65_HS1-834228961_62-HQ-83894_Section_5
Agency: FBI
Page 64
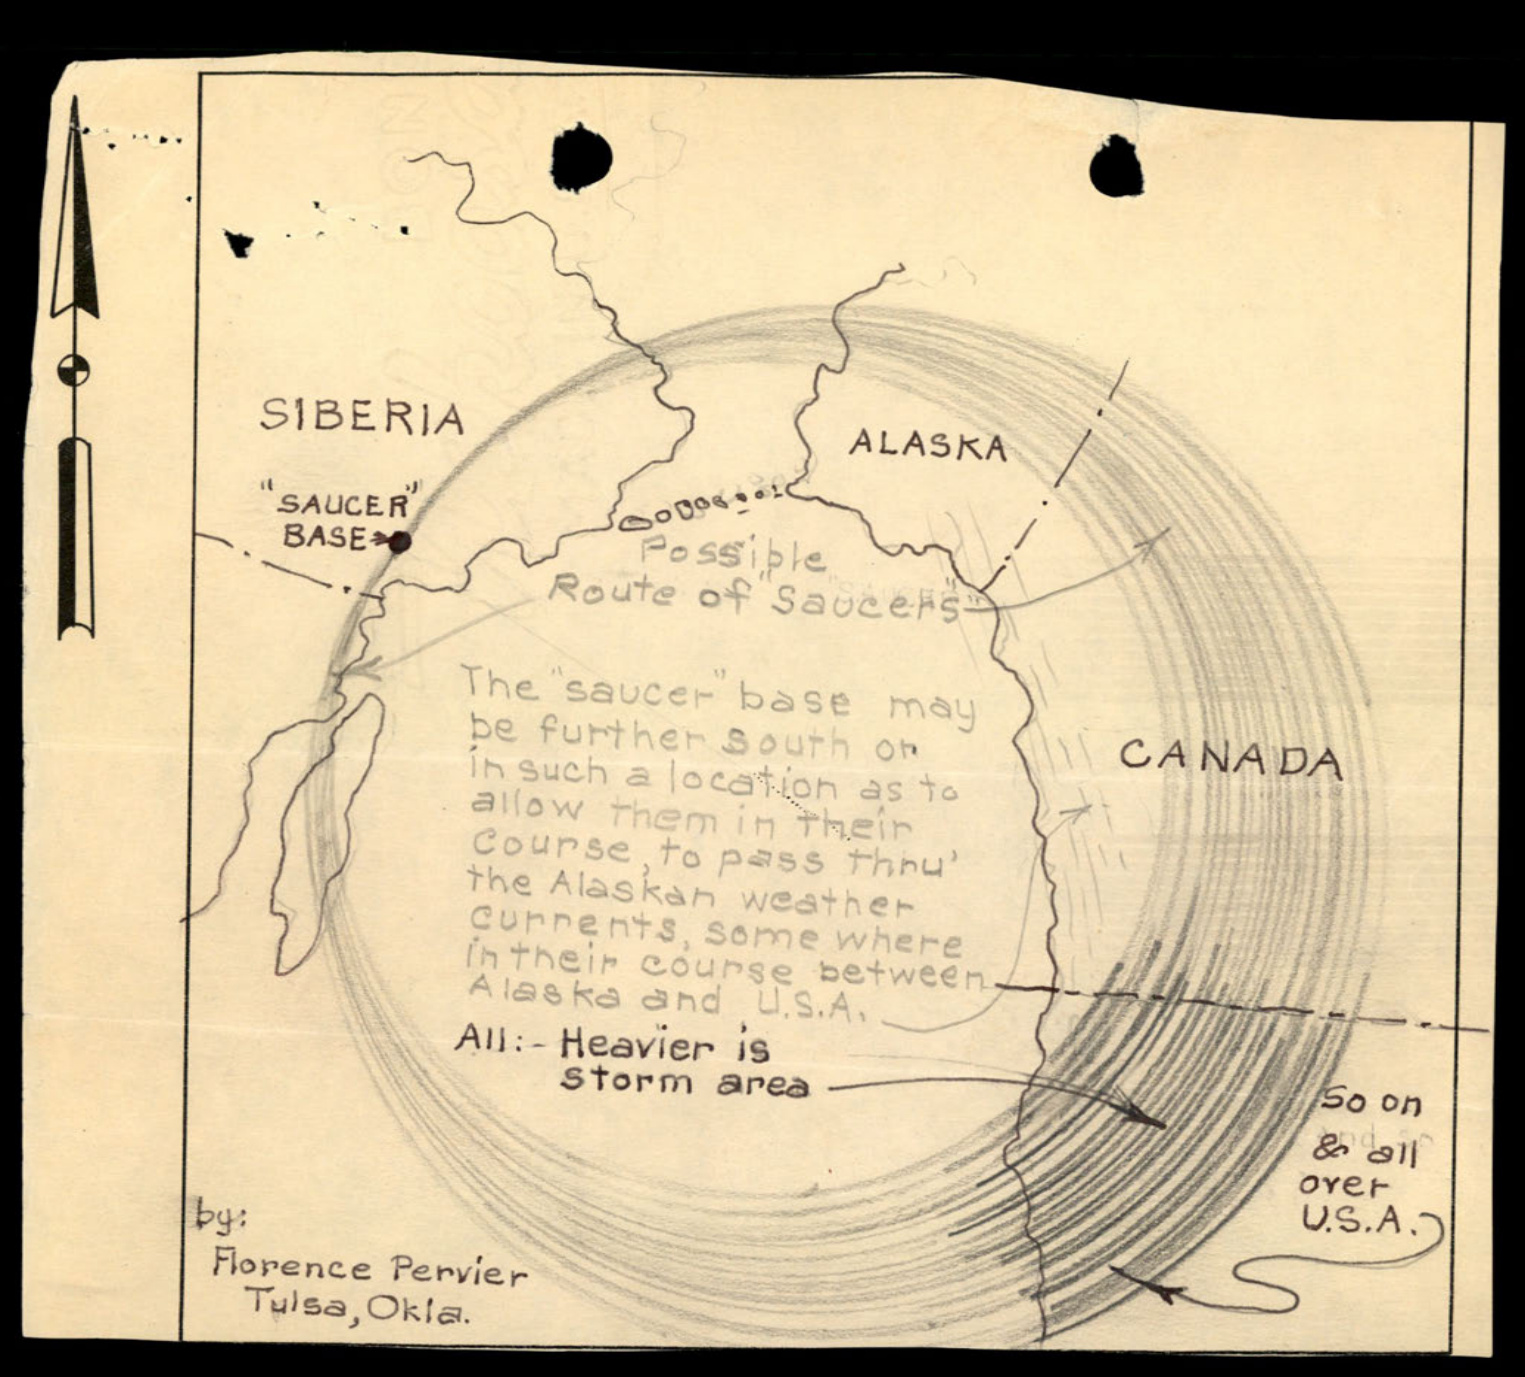